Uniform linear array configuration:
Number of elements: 32
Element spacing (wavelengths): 0.25
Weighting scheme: blackman
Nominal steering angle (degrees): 15
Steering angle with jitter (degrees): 14.544
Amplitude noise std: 0.05
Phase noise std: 0.05

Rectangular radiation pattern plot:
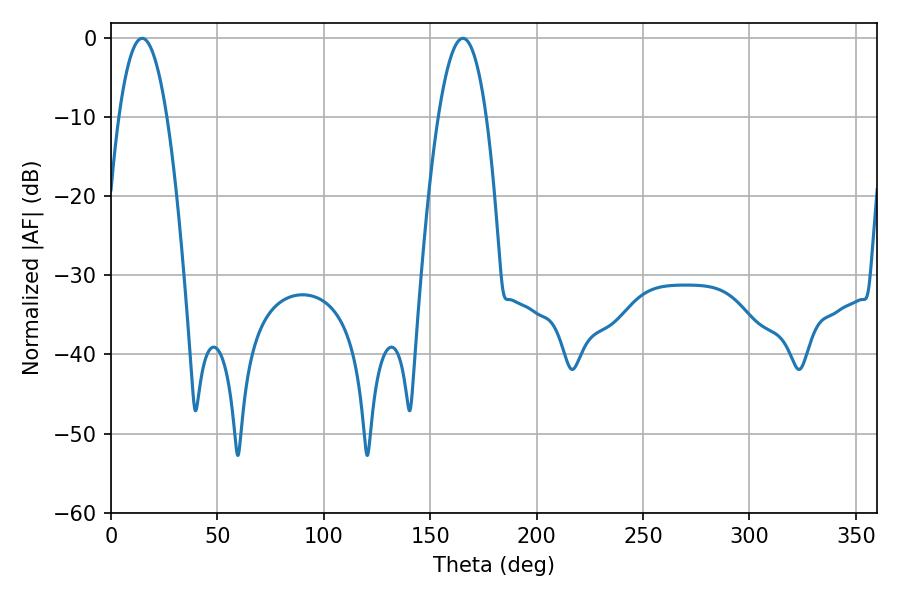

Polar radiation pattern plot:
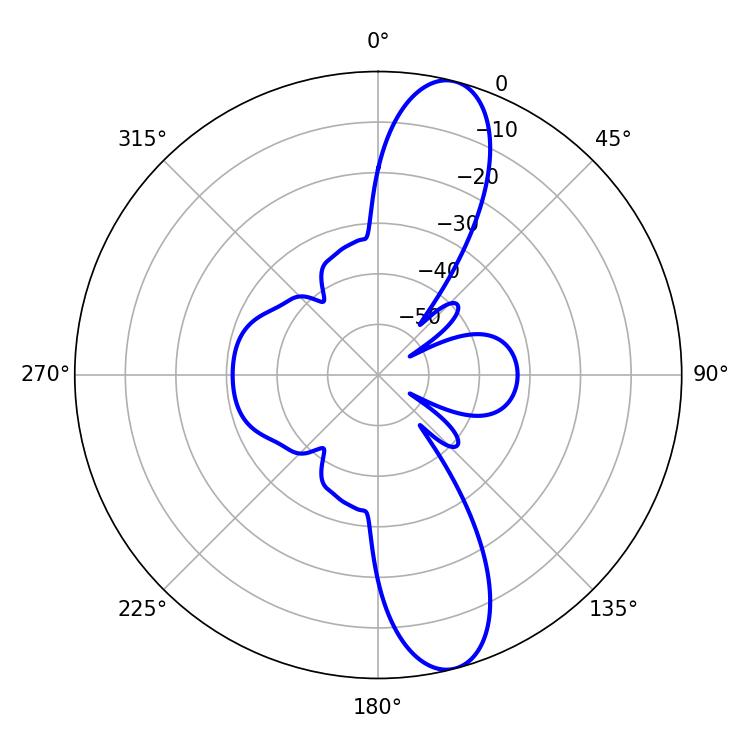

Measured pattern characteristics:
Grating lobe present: FALSE
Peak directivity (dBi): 12.281
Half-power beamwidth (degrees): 12.42
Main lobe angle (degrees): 14.58